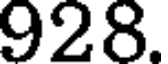
928.